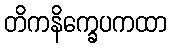
တိကနိက္ခေပကထာ